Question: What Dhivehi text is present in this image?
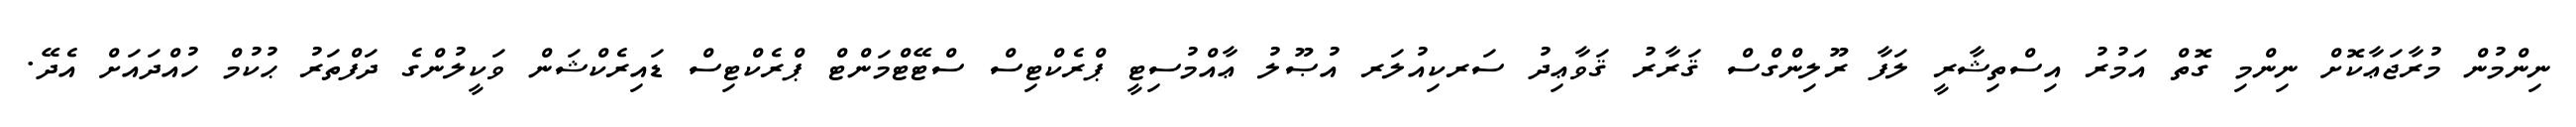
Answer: ނިންމުން މުރާޖަޢާކޮށް ނިންމި ގޮތް އަމުރު އިސްތިޝާރީ ލަފާ ރޫލިންގްސް ޤަރާރު ޤަވާޢިދު ސަރކިއުލަރ އުޞޫލު ޢާއްމުސިޓީ ޕްރެކްޓިސް ސްޓޭޓްމަންޓް ޕްރެކްޓިސް ޑައިރެކްޝަން ވަކީލުންގެ ދަފްތަރު ޙުކުމް ހުއްދައަށް އެދޭ.